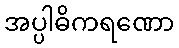
အပ္ပါဓိကရဏော